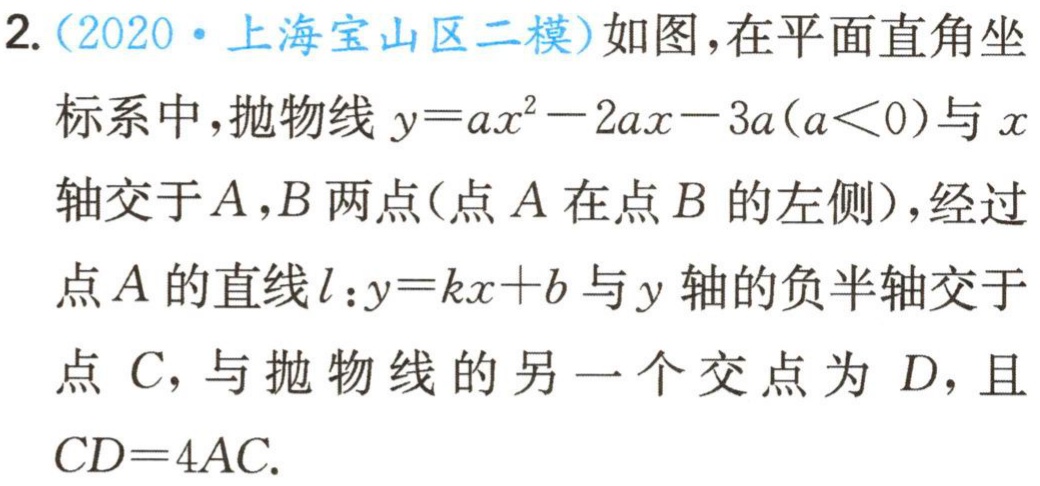
2.（2020·上海宝山区二模）如图，在平面直角坐标系中，抛物线\(y = ax^{2}-2ax - 3a(a\lt0)\)与\(x\)轴交于\(A,B\)两点（点\(A\)在点\(B\)的左侧），经过点\(A\)的直线\(l:y = kx + b\)与\(y\)轴的负半轴交于点\(C\)，与抛物线的另一个交点为\(D\)，且\(CD = 4AC\).